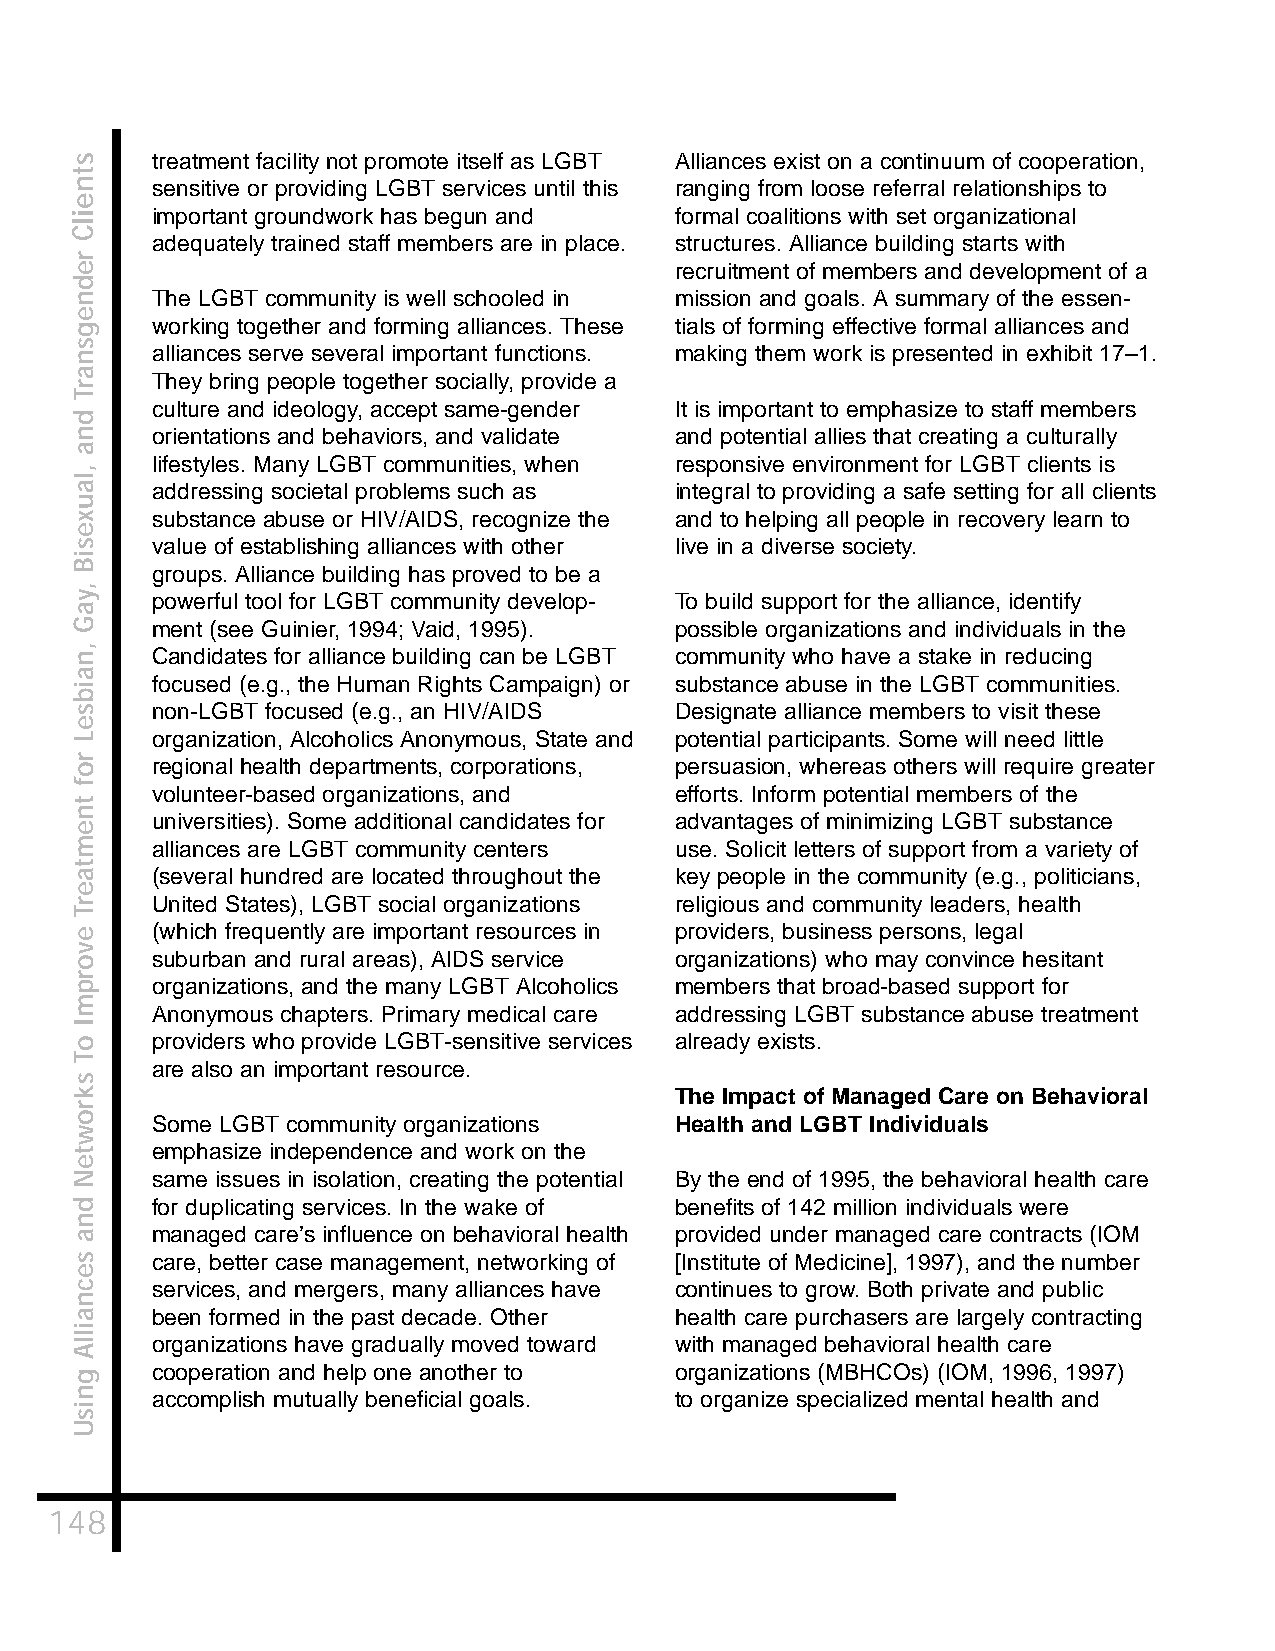
treatment facility not promote itself as LGBT Alliances exist on a continuum of cooperation,
 sensitive or providing LGBT services until this ranging from loose referral relationships to
 important groundwork has begun and formal coalitions with set organizational
 adequately trained staff members are in place. structures. Alliance building starts with
 recruitment of members and development of a
 The LGBT community is well schooled in mission and goals. A summary of the essen-
 working together and forming alliances. These tials of forming effective formal alliances and
 alliances serve several important functions. making them work is presented in exhibit 17–1.
 They bring people together socially, provide a
 culture and ideology, accept same-gender It is important to emphasize to staff members
 orientations and behaviors, and validate and potential allies that creating a culturally
 lifestyles. Many LGBT communities, when responsive environment for LGBT clients is
 addressing societal problems such as integral to providing a safe setting for all clients
 substance abuse or HIV/AIDS, recognize the and to helping all people in recovery learn to
 value of establishing alliances with other live in a diverse society.
 groups. Alliance building has proved to be a
 powerful tool for LGBT community develop- To build support for the alliance, identify
 ment (see Guinier, 1994; Vaid, 1995). possible organizations and individuals in the
 Candidates for alliance building can be LGBT community who have a stake in reducing
 focused (e.g., the Human Rights Campaign) or substance abuse in the LGBT communities.
 non-LGBT focused (e.g., an HIV/AIDS Designate alliance members to visit these
 organization, Alcoholics Anonymous, State and potential participants. Some will need little
 regional health departments, corporations, persuasion, whereas others will require greater
 volunteer-based organizations, and efforts. Inform potential members of the
 universities). Some additional candidates for advantages of minimizing LGBT substance
 alliances are LGBT community centers use. Solicit letters of support from a variety of
 (several hundred are located throughout the key people in the community (e.g., politicians,
 United States), LGBT social organizations religious and community leaders, health
 (which frequently are important resources in providers, business persons, legal
 suburban and rural areas), AIDS service organizations) who may convince hesitant
 organizations, and the many LGBT Alcoholics members that broad-based support for
 Anonymous chapters. Primary medical care addressing LGBT substance abuse treatment
 providers who provide LGBT-sensitive services already exists.
 are also an important resource.
 The Impact of Managed Care on Behavioral
 Some LGBT community organizations  Health and LGBT Individuals
 emphasize independence and work on the
 same issues in isolation, creating the potential By the end of 1995, the behavioral health care
 for duplicating services. In the wake of benefits of 142 million individuals were
 managed care’s influence on behavioral health provided under managed care contracts (IOM
 care, better case management, networking of [Institute of Medicine], 1997), and the number
 services, and mergers, many alliances have continues to grow. Both private and public
 been formed in the past decade. Other health care purchasers are largely contracting
 organizations have gradually moved toward with managed behavioral health care
 cooperation and help one another to organizations (MBHCOs) (IOM, 1996, 1997)
 accomplish mutually beneficial goals. to organize specialized mental health and
 148
 stneilC
 rednegsnarT
 dna
 ,lauxesiB
 ,yaG
 ,naibseL
 rof
 tnemtaerT
 evorpmI
 oT
 skrowteN
 dna
 secnaillA
 gnisU